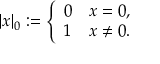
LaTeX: | x | _ { 0 } : = { \left\{ \begin{array} { l l } { 0 } & { x = 0 , } \\ { 1 } & { x \neq 0 . } \end{array} \right. }